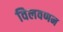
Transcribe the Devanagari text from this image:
विलवणन